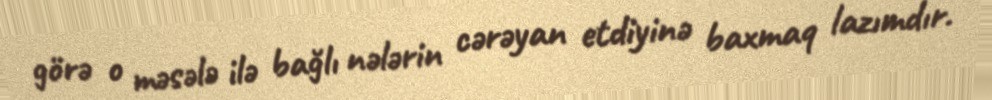
görə o məsələ ilə bağlı nələrin cərəyan etdiyinə baxmaq lazımdır.